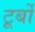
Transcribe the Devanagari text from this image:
टूर्बो